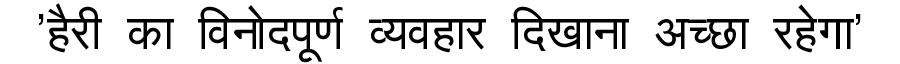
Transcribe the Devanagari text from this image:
'हैरी का विनोदपूर्ण व्यवहार दिखाना अच्छा रहेगा'